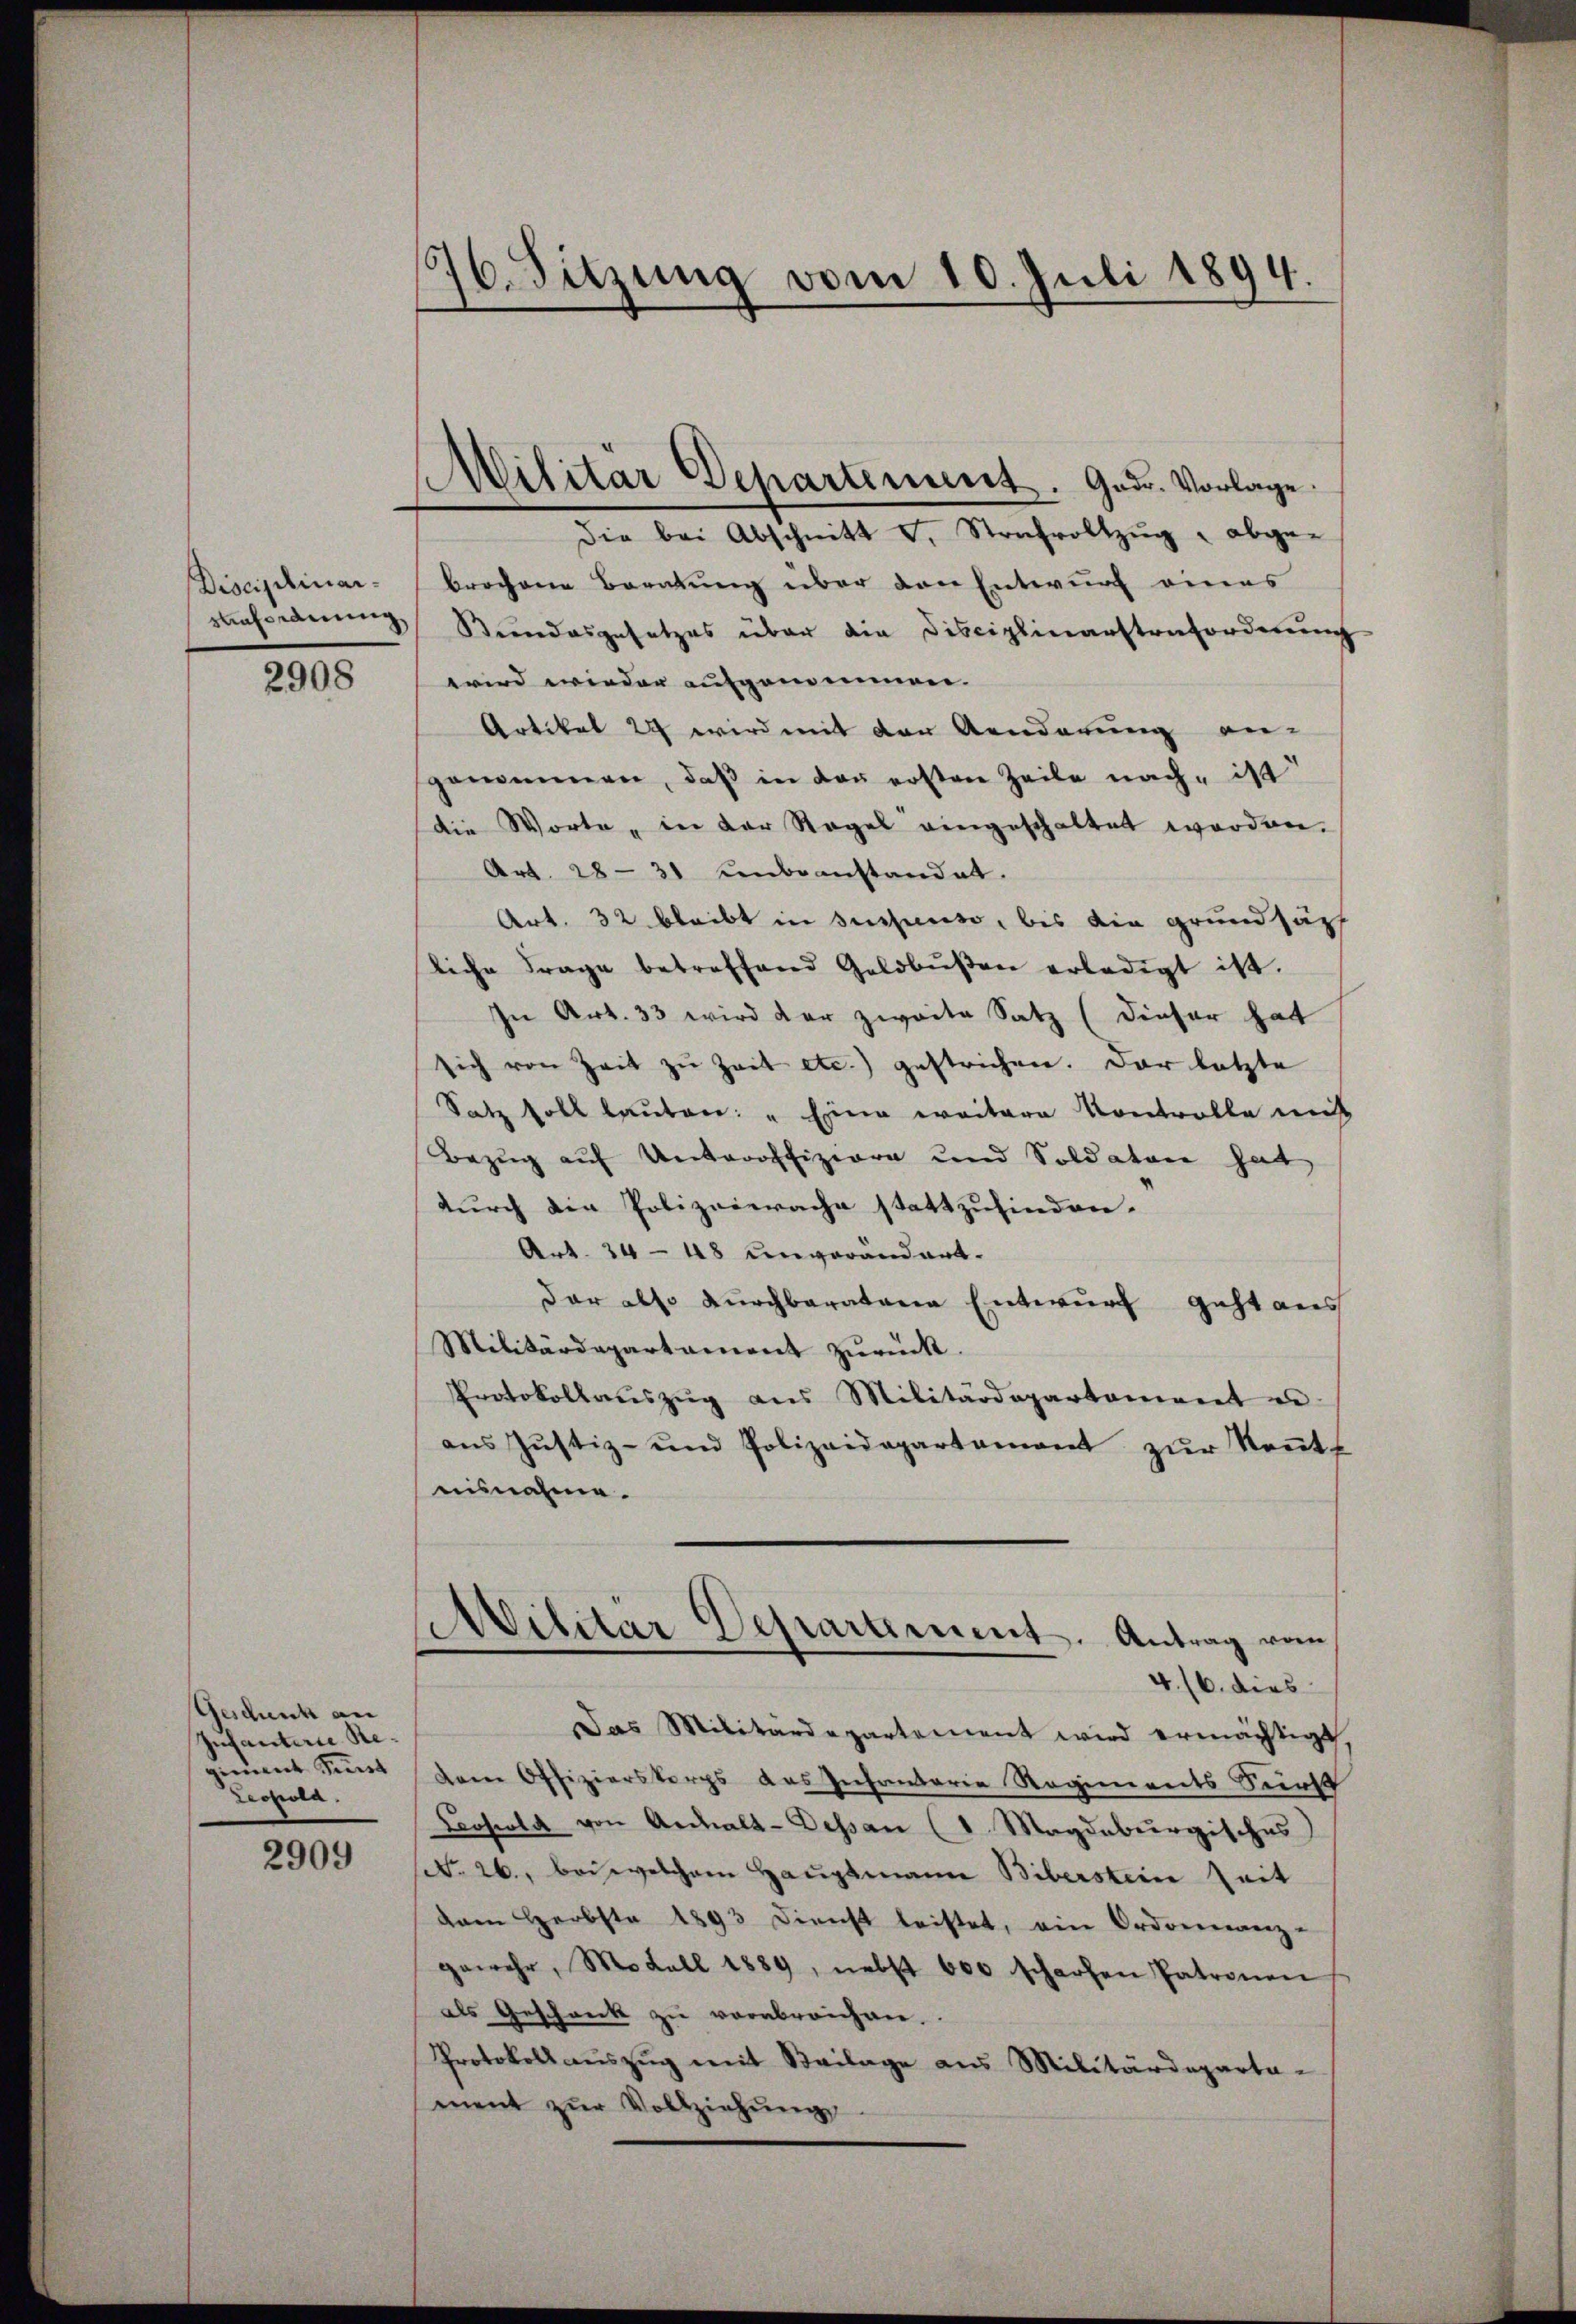
Disciplinar-
afordnung
2908

Geschenk an
Infanterie Re
giment Sinnet
Leopola.

2909

76. Sitzung vom 10. Juli 1894.

Militär Departement. Gadr. Vorlage.

die bei Abschnitt d. Strafvollzug abge-
brochene Beratung über den Entwurf eines
Bundesgesetzes über die Disciplinanstrafordnung
wird wieder aufgenommen.
Artikel 29 wird mit der Aenderung an-
genommen, daß in der ersten Zeile nach ist
die Worte, in der Regel eingeschaltet worden.
Art. 2831 unbeanstandet.
Art. 32 bleibt in suspenso, bis die grundsät
liche Frage betreffend Geldbŭβen erledigt ist.
In Art. 33 wird der zweite Satz (dieser hat
sich von Zeit zu Zeit etc.) gestrichen. Der letzte
Satz soll lauten: " Eine weitere Kontrolle mit
Bezŭg aŭf Unteroffiziere und Soldaten hat
durch die Polizeiwache stattzufinden.
Art. 24 - 48 unverändert.
dar also durchbaratene Entwurf geht aus
Militärdepartament zurück.
Protokollaŭszŭg ans Militärdepartement u
ans Justiz- und Polizeidepartement zŭr Keṅtf
aisnahme.
Civilitär Departement. Antrag vom
4. 16. dies
Das Militärdepartement wird ermächtigt
dem Offizierskorps das Infanterie Regiments Surst
Boscola von Ardalt-Dessan (1. Magdeburgisches
(S. 26., bei welchem Hauptmann Biberstein Zeit
dam Herbste 1893 dienst leistet, ein Ordreinanz-
gewehr, Modell 1889, nebst 600 scharfen Patronen
als Geschreck zu verabreichen.
Protokoll aŭszŭg mit Beilage aus Militärdeparta-
ment zŭr Vollziehŭng